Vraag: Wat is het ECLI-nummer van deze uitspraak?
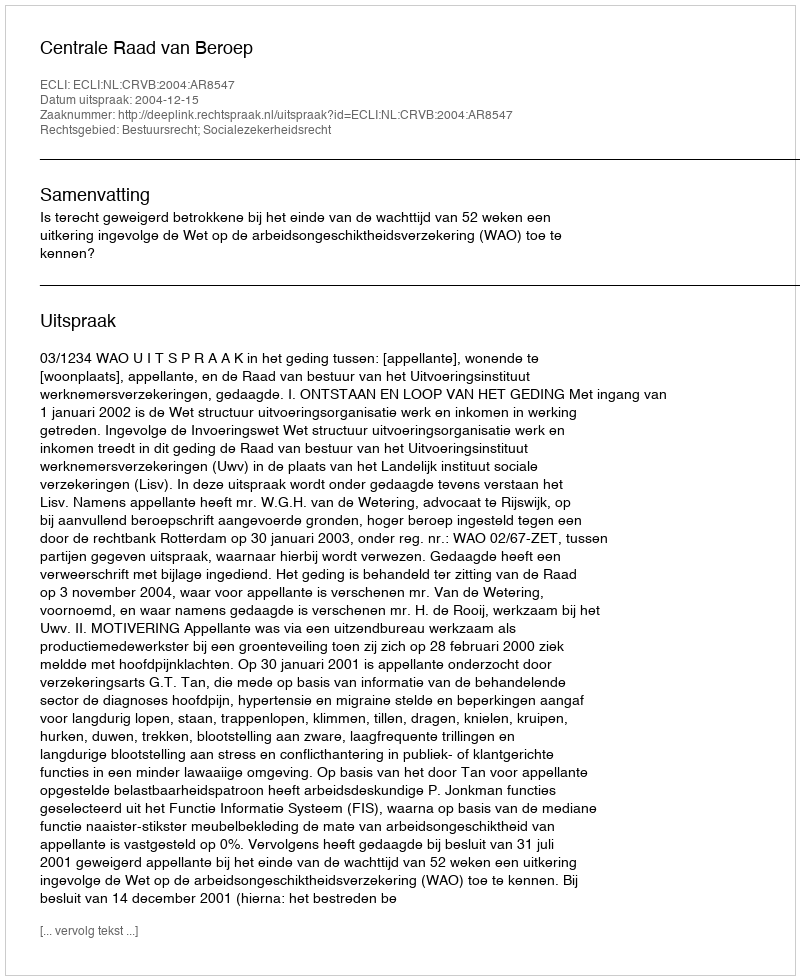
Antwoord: ECLI:NL:CRVB:2004:AR8547